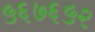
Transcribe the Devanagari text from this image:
५६७६५२